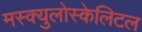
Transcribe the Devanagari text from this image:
मस्क्युलोस्केलिटल